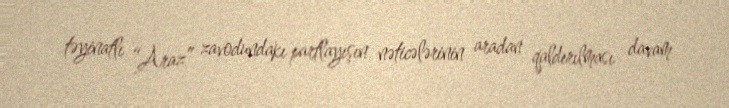
təyinatlı “Araz” zavodundakı partlayışın nəticələrinin aradan qaldırılması davam